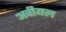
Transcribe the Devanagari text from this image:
अवीयल